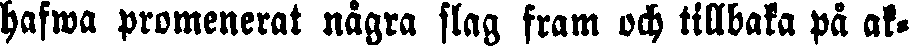
hafwa promenerat några slag fram och tillbaka på ak-